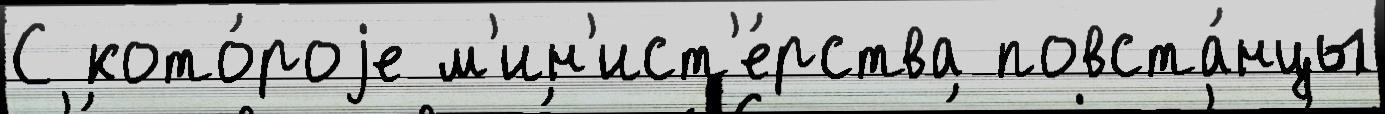
С кото́роjе м'ин'ист'е́рства повста́нцы